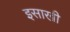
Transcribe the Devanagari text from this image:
इसाखी